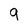
Character: 9